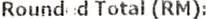
ROUND D TOTAL (RM):